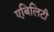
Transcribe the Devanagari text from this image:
एबिलिटी